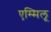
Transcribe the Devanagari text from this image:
एम्मिलू